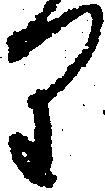
り